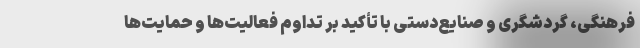
‌فرهنگی، گردشگری و صنایع‌دستی با تأکید بر تداوم فعالیت‌ها و حمایت‌ها